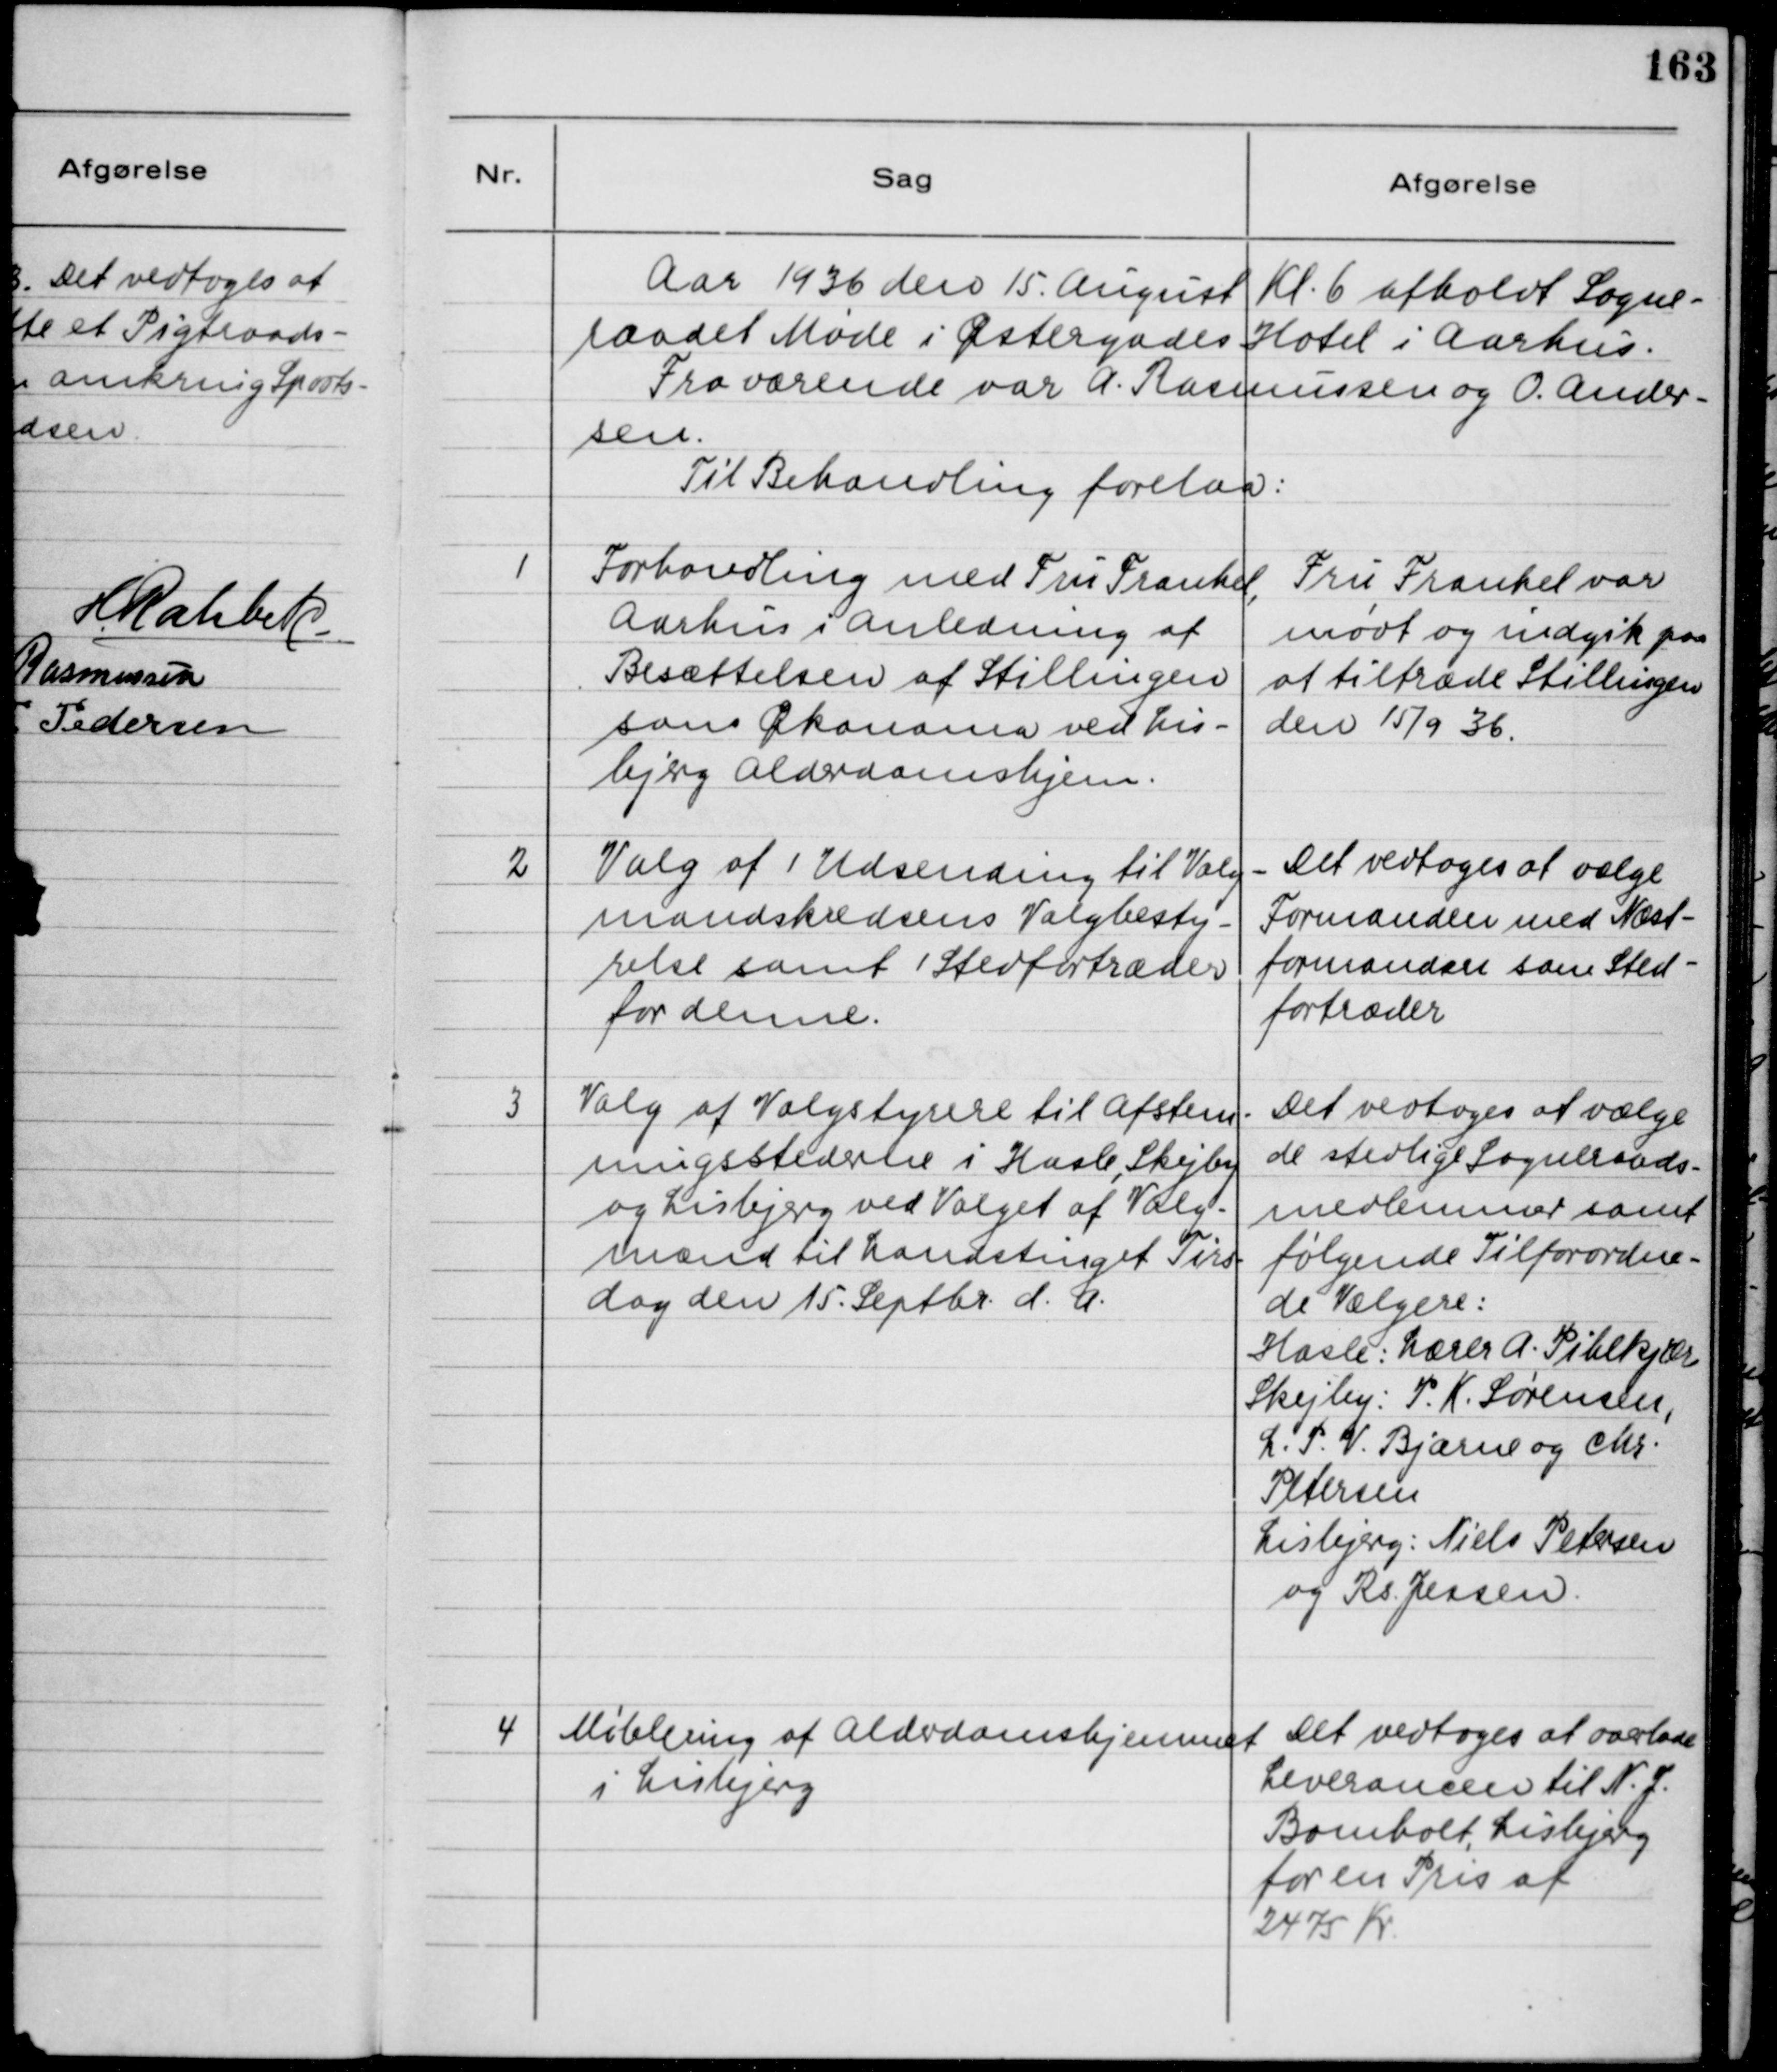
Transskription:
Aar 1936 den 15. August Kl. 6 afholdt Sogne-
raadet Møde i Østergades Hotel i Aarhus.
Fraværende var A. Rasmussen og O. Ander-
sen.
Til Behandling forelaa:
1
Forhandling med Fru Frankel,
Aarhus i Anledning af
Besættelsen af Stillingen
som Økonoma ved Lis-
bjerg Alderdomshjem.
Fru Frankel var
mødt og indgik paa
at tiltræde Stillingen
den 15/9 36.
2
Valg af 1 Udsending til Valg-
mandskredsens Valgbesty-
relse samt 1 Stedfortræder
for denne.
Det vedtoges at vælge
Formanden med Næst-
formanden som Sted-
fortræder
3
Valg af Valgbestyrere til Afstem-
ningsstederne i Hasle, Skejby
og Lisbjerg ved Valget af Valg-
mænd til Landstinget Tirs-
dag den 15. Septbr. d. A.
Det vedtoges at vælge
de stedlige Sogneraads-
medlemmer samt
følgende Tilforordne-
de Vælgere:
Hasle: Lærer A. Pihlkjær
Skejby: P.K. Sørensen,
L.P.V. Bjarne og Chr.
Petersen
Lisbjerg: Niels Petersen
og Rs. Jensen.
4
Møblering af Alderdomshjemmet
i Lisbjerg.
Det vedtoges at overlade
Leverancen til N.J.
Bomholt, Lisbjerg
for en Pris af 
2475 Kr.